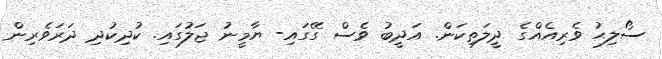
ސޯލިޙު ވެރިއެއްގެ ދީލަތިކަން. އަދީބު ވެސް ގޭގައި- ޔާމީނު ޖަލުގައި. ކުދިކުދި ދަރަވެރިން